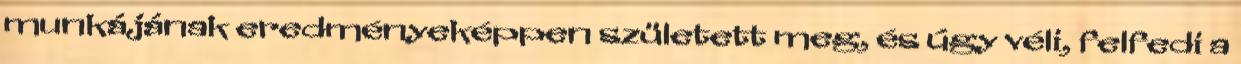
munkájának eredményeképpen született meg, és úgy véli, felfedi a